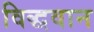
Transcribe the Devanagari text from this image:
विद्धवान